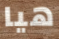
هيا